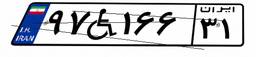
۹۷W۱۶۶۳۱